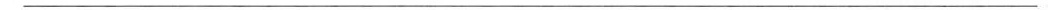
___